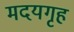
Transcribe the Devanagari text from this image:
मदयगृह